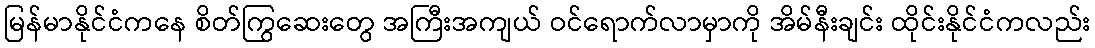
မြန်မာနိုင်ငံကနေ စိတ်ကြွဆေးတွေ အကြီးအကျယ် ဝင်ရောက်လာမှာကို အိမ်နီးချင်း ထိုင်းနိုင်ငံကလည်း